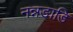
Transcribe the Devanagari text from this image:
नन्नङाडि